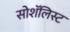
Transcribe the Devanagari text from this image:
सोशॅलिस्ट